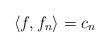
LaTeX: \begin{align*}\langle f, f_n\rangle =c_n\end{align*}